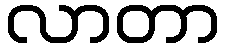
လာတာ